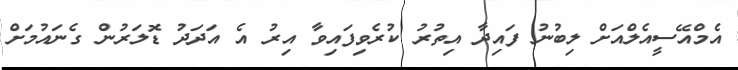
އެމްއޭސީއެލްއަށް ލިބުނު ފައިދާ އިތުރު ކުރެވިފައިވާ އިރު އެ އަދަދު ޑޮލަރުން ގެނައުމަށް